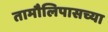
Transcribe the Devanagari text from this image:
तामौलिपासच्या